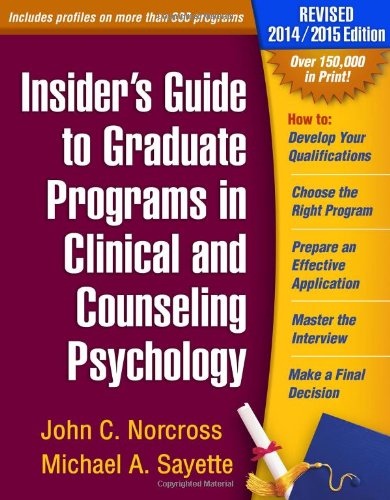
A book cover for Insider's Guide to Graduate Programs in Clinical and Counseling Psychology, Revised 2014/2015 Edition; John C. Norcross; Education & Teaching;